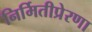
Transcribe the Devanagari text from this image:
निर्मितीप्रेरणा